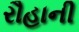
રૌહાની